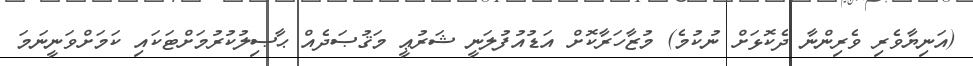
(އަނިޔާވެރި ވެރިންނާ ދެކޮޅަށް ނުކުމެ) މުޒާހަރާކޮށް އަޑުއުފުލަނީ ޝަރުޢީ މަޤުޞަދެއް ޙާޞިލުކުރުމަށްޓަކައި ކަމަށްވަނީނަމަ